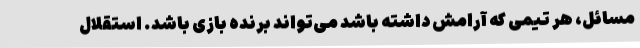
مسائل، هر تیمی که آرامش داشته باشد می‌تواند برنده بازی باشد. استقلال